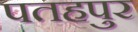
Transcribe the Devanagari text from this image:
पतहपुर